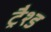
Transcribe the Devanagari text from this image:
ट्रैश्ड